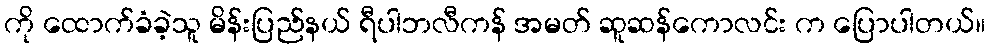
ကို ထောက်ခံခဲ့သူ မိန်းပြည်နယ် ရီပါဘလီကန် အမတ် ဆူဆန်ကောလင်း က ပြောပါတယ်။